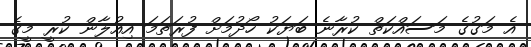
އެ މަގުގެ މަސައްކަތް ކުރާނެ ބަޔަކު ހޯދުމަށް ފުރަތަމަ އިއުލާން ކުރީ މީގެ